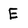
Character: E